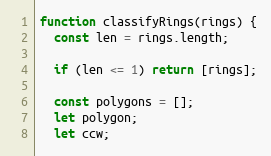
Language: JavaScript
function classifyRings(rings) {
  const len = rings.length;

  if (len <= 1) return [rings];

  const polygons = [];
  let polygon;
  let ccw;